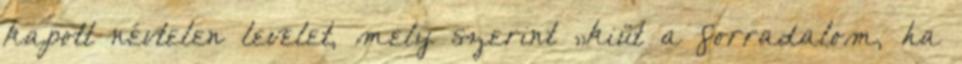
kapott névtelen levelet, mely szerint „kiüt a forradalom, ha